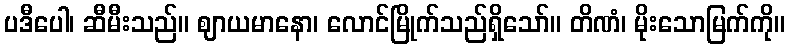
ပဒီပေါ၊ ဆီမီးသည်။ ဈာယမာနော၊ လောင်မြိုက်သည်ရှိသော်။ တိဏံ၊ မိုးသောမြက်ကို။